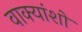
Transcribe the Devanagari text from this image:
वाक्यांशो